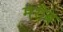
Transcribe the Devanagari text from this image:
मरीब